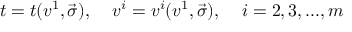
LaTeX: t = t ( v ^ { 1 } , \vec { \sigma } ) , \; \; \; \; v ^ { i } = v ^ { i } ( v ^ { 1 } , \vec { \sigma } ) , \; \; \; \; i = 2 , 3 , . . . , m